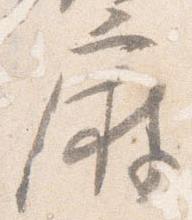
麻